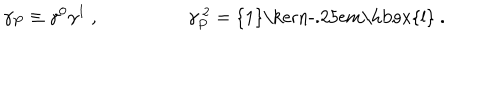
LaTeX: \gamma _ { P } \equiv \gamma ^ { 0 } \gamma ^ { 1 } ~ , ~ \gamma _ { P } ^ { ~ 2 } = \mathrm { { 1 } \ k e r n - . 2 5 e m \mathrm { l } } ~ .